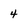
Character: 4